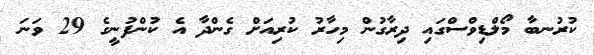
ކުރުނބާ މޯލްޑިވްސްގައި ދިރާގުން މިހާރު ކުރިއަށް ގެންދާ އެ ކުންފުނީގެ 29 ވަނަ